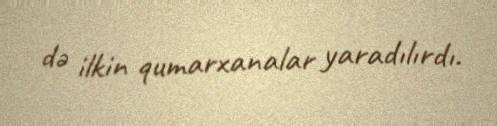
də ilkin qumarxanalar yaradılırdı.